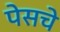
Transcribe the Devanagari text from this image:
पेसचे